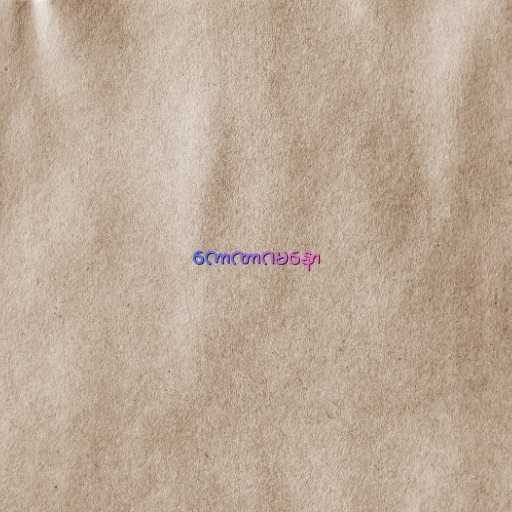
ကောဏာဂမနော